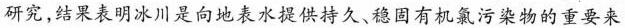
研究，结果表明冰川是向地表水提供持久、稳固有机氯污染物的重要来